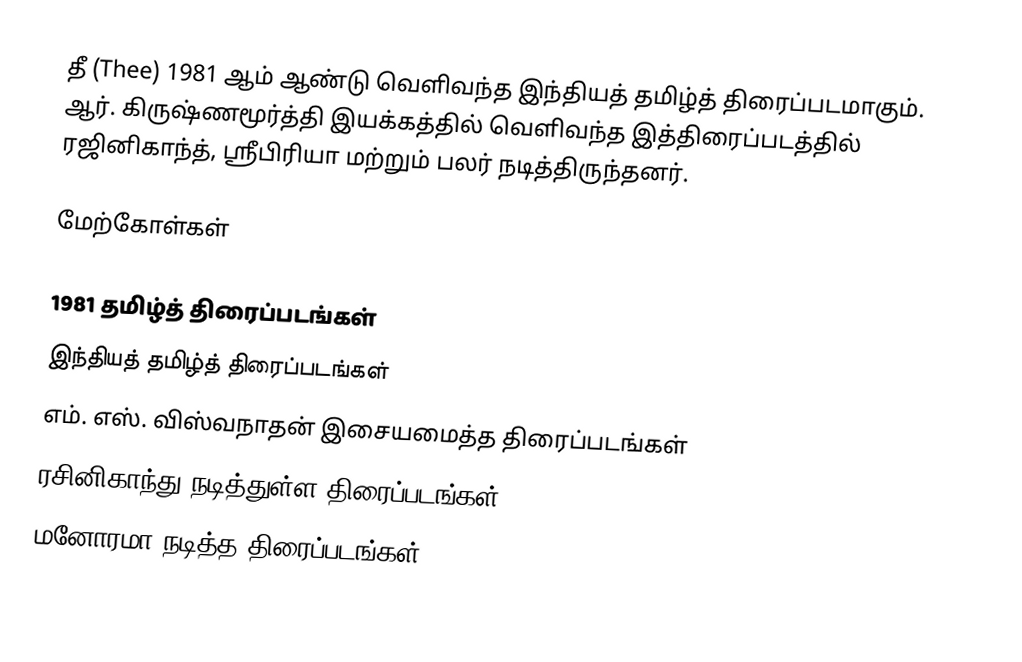
தீ (Thee) 1981 ஆம் ஆண்டு வெளிவந்த இந்தியத் தமிழ்த் திரைப்படமாகும். ஆர். கிருஷ்ணமூர்த்தி இயக்கத்தில் வெளிவந்த இத்திரைப்படத்தில் ரஜினிகாந்த், ஸ்ரீபிரியா மற்றும் பலர் நடித்திருந்தனர்.

மேற்கோள்கள்

1981 தமிழ்த் திரைப்படங்கள்
இந்தியத் தமிழ்த் திரைப்படங்கள்
எம். எஸ். விஸ்வநாதன் இசையமைத்த திரைப்படங்கள்
ரசினிகாந்து நடித்துள்ள திரைப்படங்கள்
மனோரமா நடித்த திரைப்படங்கள்